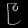
Digit: ၉